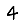
Digit: 4